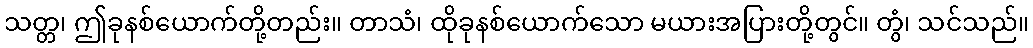
သတ္တ၊ ဤခုနစ်ယောက်တို့တည်း။ တာသံ၊ ထိုခုနစ်ယောက်သော မယားအပြားတို့တွင်။ တွံ၊ သင်သည်။